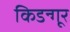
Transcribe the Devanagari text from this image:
किडन्गूर